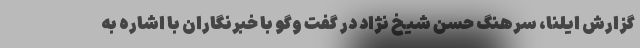
گزارش ایلنا، سرهنگ حسن شیخ نژاد در گفت وگو با خبرنگاران با اشاره به